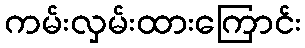
ကမ်းလှမ်းထားကြောင်း